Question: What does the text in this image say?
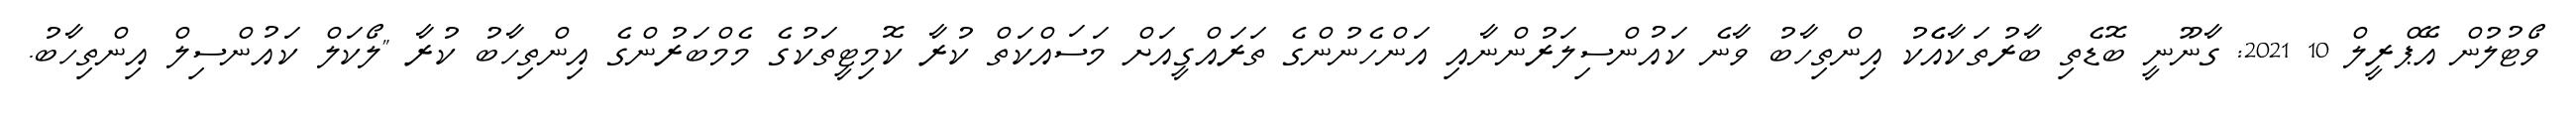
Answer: ވޯޓުލުން އޭޕްރީލް 10 2021: ގާނޫނީ ބޮޑެތި ބާރުތަކާއެެކު އިންތިހާބު ވާނެ ކައުންސިލަރުންނާއި އަންހެނުންގެ ތަރައްގީއަށް މަސައްކަތް ކުރާ ކޮމިޓީތަކުގެ މެމްބަރުންގެ އިންތިހާބު ކުރާ "ލޯކަލް ކައުންސިލް އިންތިހާބު.